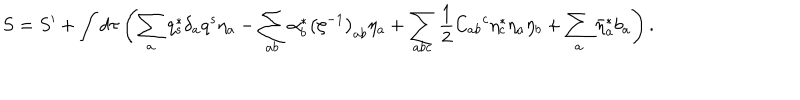
LaTeX: S = S ^ { \prime } + \int d \tau \left( \sum _ { a } q _ { s } ^ { * } \delta _ { a } q ^ { s } \eta _ { a } - \sum _ { a b } \alpha _ { b } ^ { * } \left( \zeta ^ { - 1 } \right) _ { a b } \eta _ { a } + \sum _ { a b c } \frac { 1 } { 2 } C _ { a b } { } ^ { c } \eta _ { c } ^ { * } \eta _ { a } \eta _ { b } + \sum _ { a } \bar { \eta } _ { a } ^ { * } b _ { a } \right) .